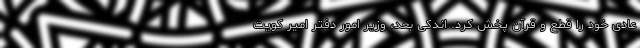
عادی خود را قطع و قرآن پخش کرد. اندکی بعد، وزیر امور دفتر امیر کویت